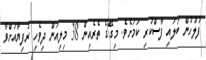
ފުލުހުން ބަލައި ފާސްކުރި ކަމަށެވެ. މިގޭގެ ތެރެއިން 38 މިލިއަން ދިވެހި ރުފިޔާއަށްވާ